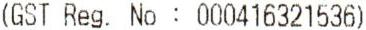
(GST REG. NO : 000416321536)